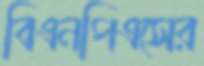
বিএনপিএসের